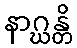
နာဂ္ဃန္တိ